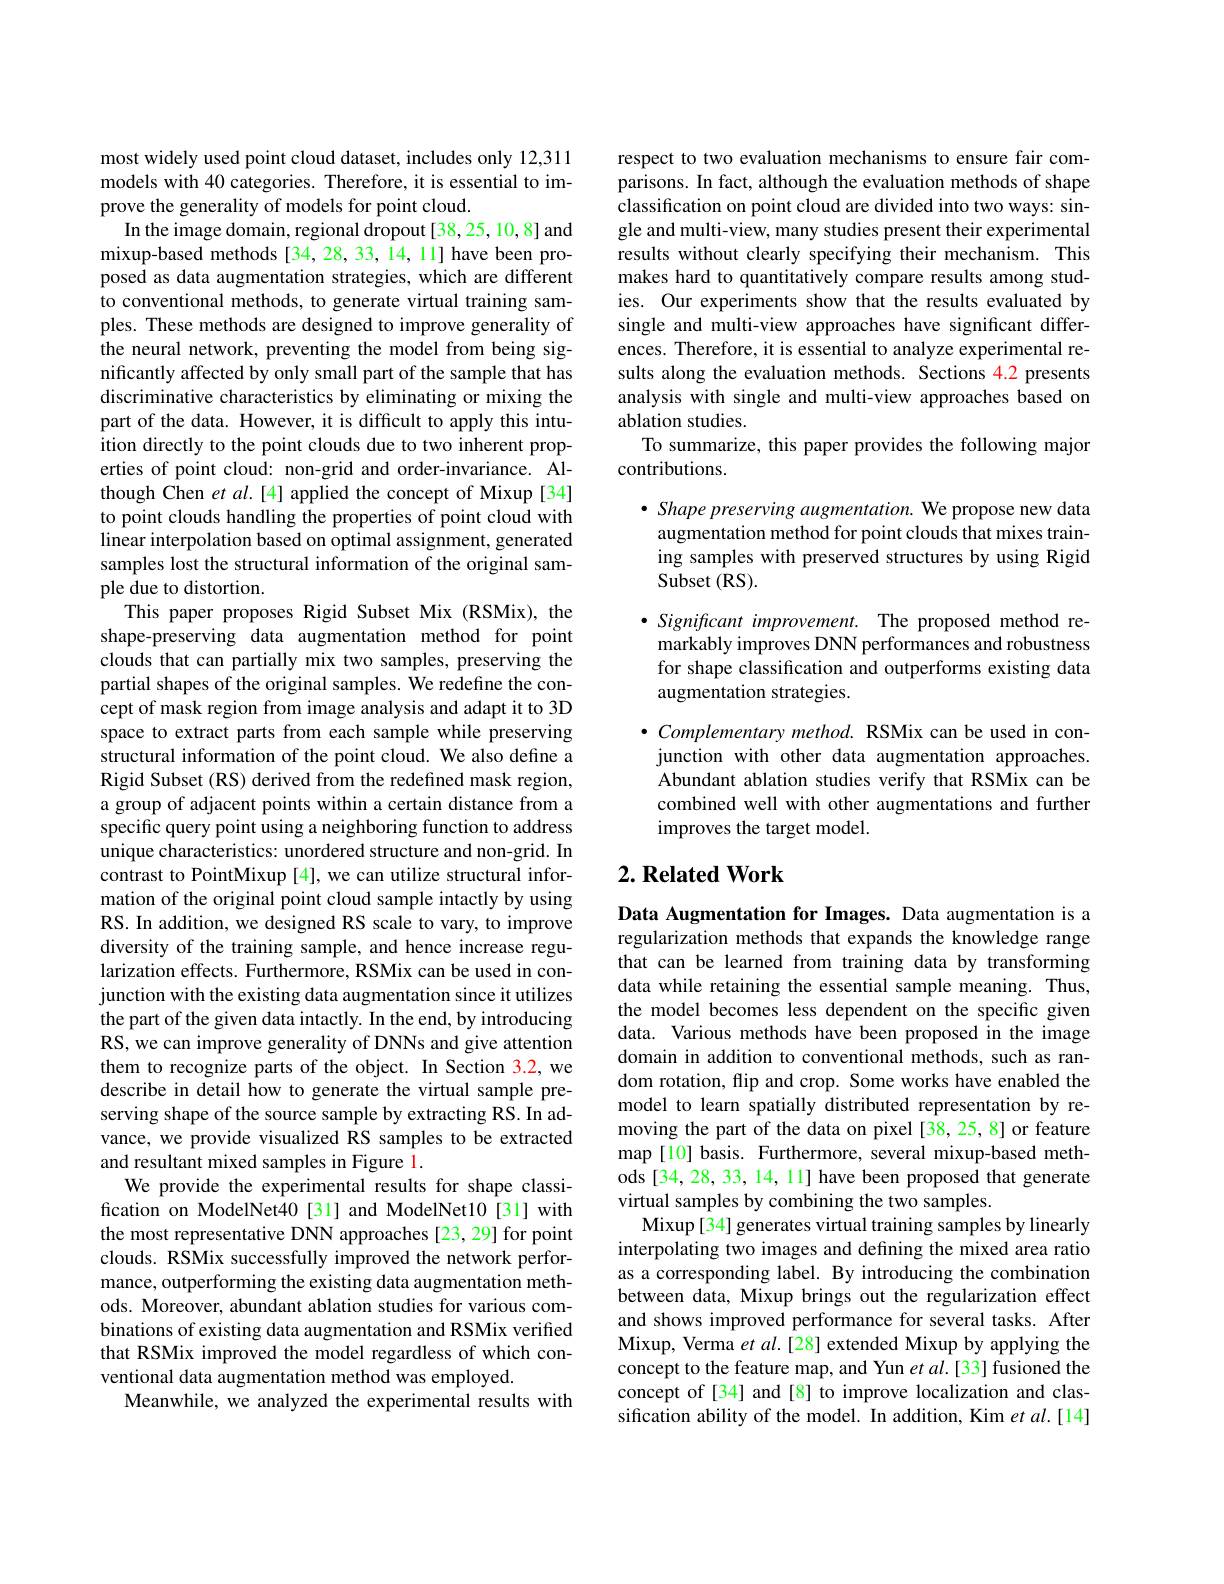
most widely used point cloud dataset, includes only 12,311 models with 40 categories. Therefore, it is essential to improve the generality of models for point cloud.
In the image domain, regional dropout[38,25,10,8] and mixup-based methods [34,28,33,14,11] have been proposed as data augmentation strategies, which are different to conventional methods, to generate virtual training samples. These methods are designed to improve generality of the neural network, preventing the model from being significantly affected by only small part of the sample that has discriminative characteristics by eliminating or mixing the part of the data. However, it is difficult to apply this intuition directly to the point clouds due to two inherent properties of point cloud: non-grid and order-invariance. Although Chen $etal.[4]$ applied the concept of Mixup [34] to point clouds handling the properties of point cloud with linear interpolation based on optimal assignment, generated samples lost the structural information of the original sample due to distortion.
This paper proposes Rigid Subset Mix (RSMix), the shape-preserving data augmentation method for point clouds that can partially mix two samples, preserving the partial shapes of the original samples. $\hat{\text{Weredefinethecon-}}$ cept of mask region from image analysis and adapt it to 3D space to extract parts from each sample while preserving structural information of the point cloud. We also define a Rigid Subset (RS) derived from the redefined mask region, a group of adjacent points within a certain distance from a specific query point using a neighboring function to address unique characteristics: unordered structure and non-grid. In contrast to PointMixup [4], we can utilize structural information of the original point cloud sample intactly by using RS. In addition, we designed RS scale to vary, to improve diversity of the training sample, and hence increase regularization effects. Furthermore, RSMix can be used in conjunction with the existing data augmentation since it utilizes the part of the given data intactly. In the end, by introducing RS, we can improve generality of DNNs and give attention them to recognize parts of the object. In Section 3.2, we describe in detail how to generate the virtual sample preserving shape of the source sample by extracting RS. In advance, we provide visualized RS samples to be extracted and resultant mixed samples in Figure 1.
We provide the experimental results for shape classification on ModelNet40[31] and ModelNet10[31] with the most representative DNN approaches [23,29] for point clouds. RSMix successfully improved the network performance, outperforming the existing data augmentation methods. Moreover, abundant ablation studies for various combinations of existing data augmentation and RSMix verified that RSMix improved the model regardless of which conventional data augmentation method was employed.
Meanwhile, we analyzed the experimental results with

respect to two evaluation mechanisms to ensure fair comparisons. In fact, although the evaluation methods of shape classification on point cloud are divided into two ways: single and multi-view, many studies present their experimental results without clearly specifying their mechanism. This makes hard to quantitatively compare results among studies. Our experiments show that the results evaluated by single and multi-view approaches have significant differences. Therefore, it is essential to analyze experimental results along the evaluation methods. Sections 4.2 presents analysis with single and multi-view approaches based on ablation studies.
To summarize, this paper provides the following major
contributions.

$\bullet$ Shape preserving augmentation. We propose new data augmentation method for point clouds that mixes training samples with preserved structures by using Rigid Subset (RS).
Significant improvement. The proposed method remarkably improves DNN performances and robustness for shape classification and outperforms existing data augmentation strategies.
$\bullet$ Complementary method. RSMix can be used in conjunction with other data augmentation approaches. Abundant ablation studies verify that RSMix can be combined well with other augmentations and further improves the target model.

## $2. \textbf{Related Work}$

Data Augmentation for Images. Data augmentation is a regularization methods that expands the knowledge range that can be learned from training data by transforming data while retaining the essential sample meaning. Thus, the model becomes less dependent on the specific given data. Various methods have been proposed in the image domain in addition to conventional methods, such as random rotation, flip and crop. Some works have enabled the model to learn spatially distributed representation by removing the part of the data on pixel [38, 25, 8] or feature map [10] basis. Furthermore, several mixup-based methods [34,28,33,14,11] have been proposed that generate virtual samples by combining the two samples.
Mixup[34] generates virtual training samples by linearly interpolating two images and defining the mixed area ratio as a corresponding label. By introducing the combination between data, Mixup brings out the regularization effect and shows improved performance for several tasks. After Mixup, Verma et al.[28] extended Mixup by applying the concept to the feature map, and Yun et al.[33] fusioned the concept of [34] and [8] to improve localization and classification ability of the model. In addition, Kim $etal.[14]$